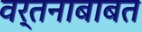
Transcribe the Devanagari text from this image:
वर्तनाबाबत